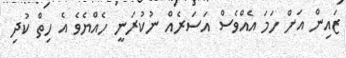
ޒައިން އަށް ހަމަ އެއްވެސް އަސަރެއް ނުކުރަނީ ހެއްޔެވެ އެ ހިތް ކުދި